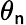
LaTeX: \theta_{\mathsf{n}}